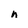
Character: n